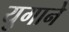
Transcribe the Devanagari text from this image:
युगाने